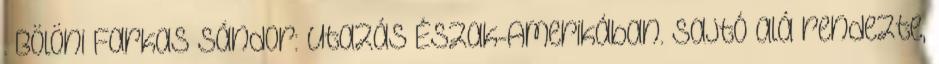
. Bölöni Farkas Sándor: Utazás Észak-Amerikában. Sajtó alá rendezte,